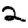
Digit: 2